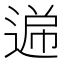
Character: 𮞧